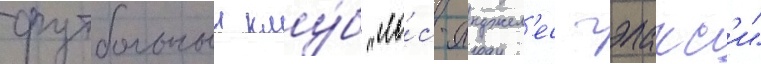
футбольныи клу́б "ло́с-анджел'ес гэлакс'и"